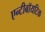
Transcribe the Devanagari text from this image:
एन्टीबॉयटिक